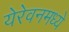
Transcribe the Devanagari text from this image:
येरेवनमध्ये